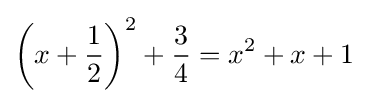
\left(x+{\frac {1}{2}}\right)^{2}+{\frac {3}{4}}=x^{2}+x+1